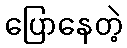
ပြောနေတဲ့